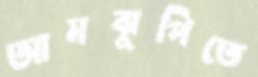
আমঝুপিতে